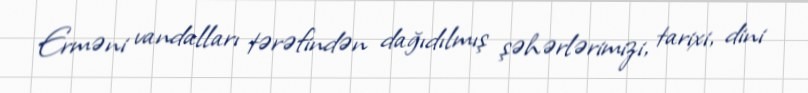
Erməni vandalları tərəfindən dağıdılmış şəhərlərimizi, tarixi, dini